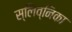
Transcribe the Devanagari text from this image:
स्लिव्निका